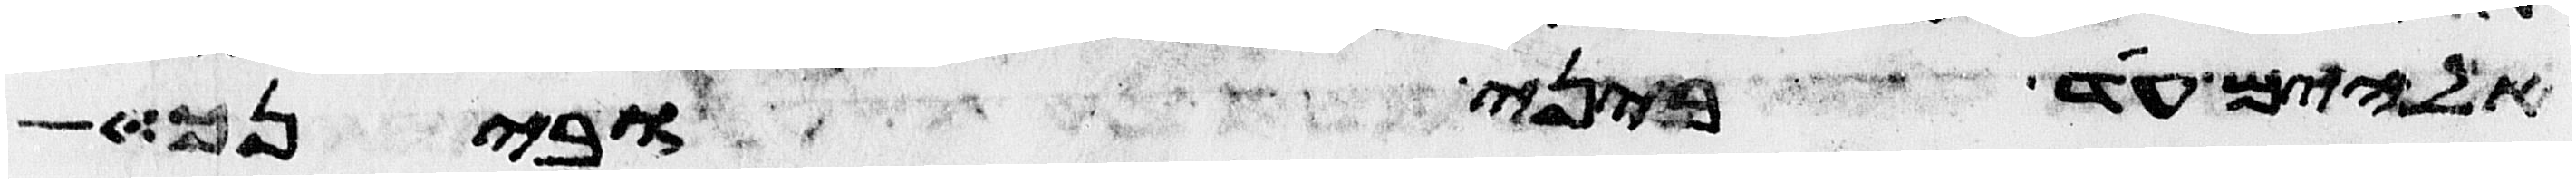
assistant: אלהים עד ביני ובינך